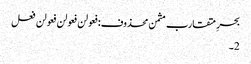
بحرِ متقارب مثمن محذوف:فعولن فعولن فعولن فعل
2۔